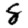
Digit: 8